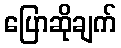
ပြောဆိုချက်